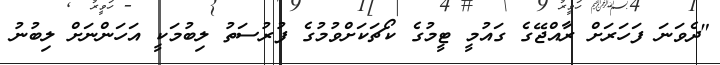
"ދެވަނަ ފަހަރަށް ރާއްޖޭގެ ގައުމީ ޓީމުގެ ކޯޗަކަށްވުމުގެ ފުރުސަތު ލިބުމަކީ އަހަންނަށް ލިބުނު